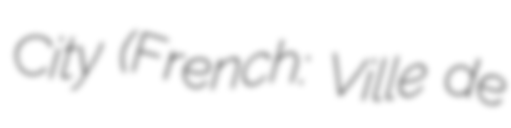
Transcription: City (French: Ville de